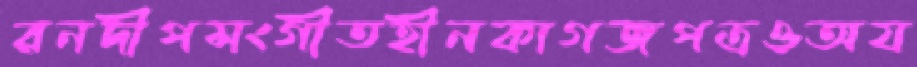
রনদীপসংগীতহীনকাগজপত্রওঅয